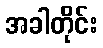
အခါတိုင်း